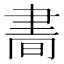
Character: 𦘘